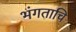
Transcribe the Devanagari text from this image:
भंगताचि